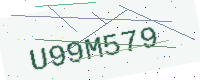
Text: U99M579